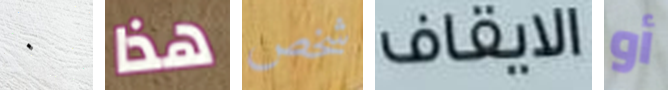
٠ هذا شخص الايقاف أو